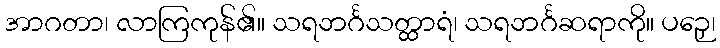
အာဂတာ၊ လာကြကုန်၏။ သရဘင်္ဂသတ္ထာရံ၊ သရဘင်္ဂဆရာကို။ ပဉှေ၊